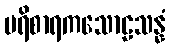
ပရိစာရကသောဠသန္နံ